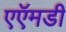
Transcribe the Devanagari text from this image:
एऍमडी